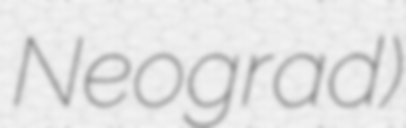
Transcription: Neograd)